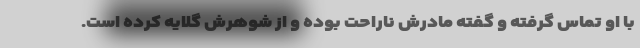
با او تماس گرفته و گفته مادرش ناراحت بوده و از شوهرش گلایه کرده است.